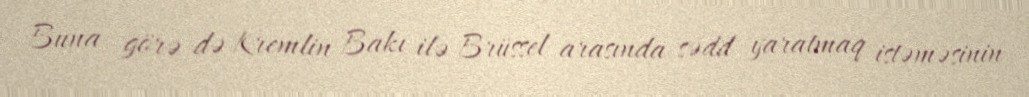
Buna görə də Kremlin Bakı ilə Brüssel arasında sədd yaratmaq istəməsinin